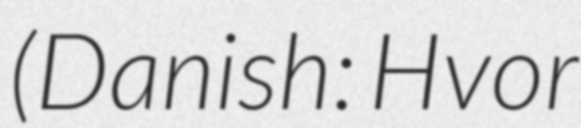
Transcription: (Danish: Hvor